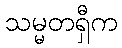
သမ္မတရှီက